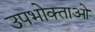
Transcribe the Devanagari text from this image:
उपभोक्‍ताओ